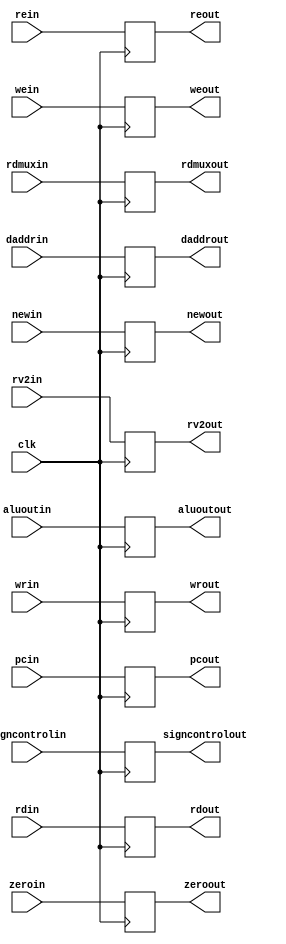
`timescale 1ns / 1ps
//////////////////////////////////////////////////////////////////////////////////
// Company: 
// Engineer: 
// 
// Design Name: 
// Module Name:    EXMEM 
// Project Name: 
// Target Devices: 
// Tool versions: 
// Description: 
//
// Dependencies: 
//
// Revision: 
// Revision 0.01 - File Created
// Additional Comments: 
//
//////////////////////////////////////////////////////////////////////////////////
module EXMEM(clk,newin,newout,rv2in,rv2out,rdin,rdout,rdmuxin,rdmuxout,aluoutin,aluoutout,zeroin,zeroout,daddrin,daddrout,
signcontrolin,signcontrolout,wein,weout,rein,reout,wrin,wrout,pcin,pcout
    );
input wire clk;
input wire [31:0] pcin;
output reg [31:0] pcout;
input wire newin;
output reg newout;
input wire [31:0]rv2in;
output reg [31:0]rv2out;
input wire [4:0]rdin;
output reg [4:0]rdout;
input wire [1:0]rdmuxin;
output reg [1:0]rdmuxout;
input wire [31:0]aluoutin;
output reg [31:0]aluoutout;
input wire zeroin;
output reg zeroout;
input wire [31:0]daddrin;
output reg [31:0]daddrout;
input wire signcontrolin;
output reg signcontrolout;
input wire [3:0]wein;
output reg [3:0]weout;
input wire [3:0]rein;
output reg [3:0]reout;
input wire wrin;
output reg wrout;
  
always@(posedge clk)begin
newout<=newin;
pcout<=pcin;
rv2out<=rv2in;
rdout<=rdin;
rdmuxout<=rdmuxin;
aluoutout<=aluoutin;
zeroout<=zeroin;
daddrout<=daddrin;
signcontrolout<=signcontrolin;
weout<=wein;
reout<=rein;
wrout<=wrin;
end


endmodule